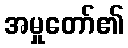
အမှုတော်၏